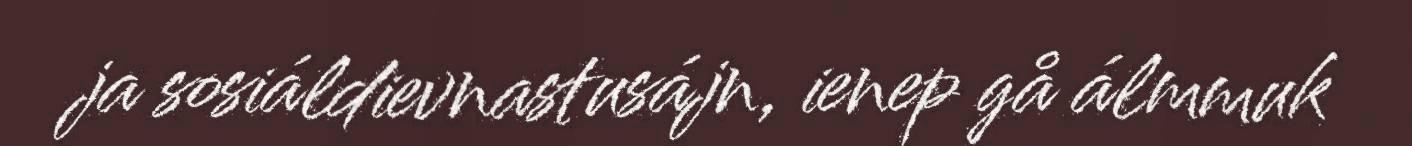
ja sosiáldievnastusájn, ienep gå álmmuk